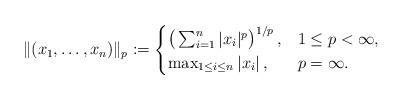
LaTeX: \begin{align*}\|(x_1,\dots,x_n)\|_p:=\begin{cases}\big(\sum_{i=1}^n |x_i|^p\big)^{1/p}\,, & 1 \leq p <\infty,\\\max_{1\leq i \leq n}|x_i|\,,& p=\infty.\end{cases}\end{align*}